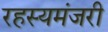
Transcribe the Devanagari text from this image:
रहस्यमंजरी